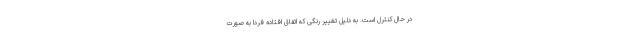
در حال کنترل است. به دلیل تغییر رنگی که اتفاق افتاده فردا به صورت